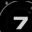
Digit: 7